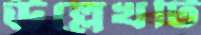
উল্লেখটি